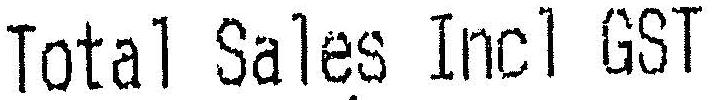
TOTAL SALES INCL GST